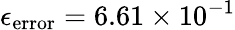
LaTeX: \epsilon_{\mathrm{error}}=6.61\times 10^{-1}